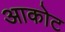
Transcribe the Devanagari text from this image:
आकोट